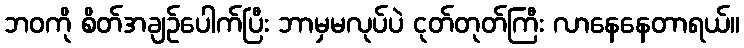
ဘဝကို စိတ်အချဉ်ပေါက်ပြီး ဘာမှမလုပ်ပဲ ငုတ်တုတ်ကြီး လာနေနေတာရယ်။